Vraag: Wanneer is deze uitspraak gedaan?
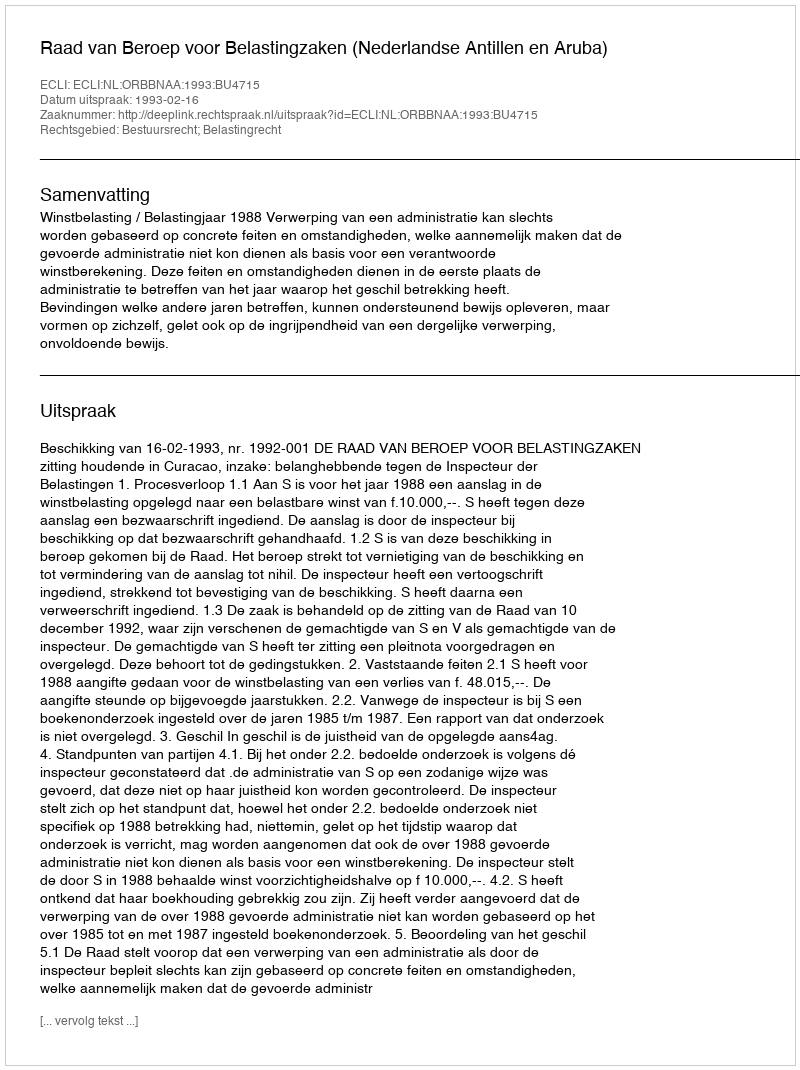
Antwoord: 1993-02-16